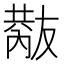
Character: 𠮂